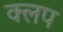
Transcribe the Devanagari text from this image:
क्लप